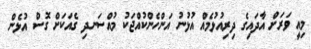
މިއީ ވަރަށް އާދައިގެ ދިރިއުޅުމެއް އުޅުނު އަންހެންކުއްޖަކު މުއްސަނދި ގެއަކަށް ގޮސް އުޅެން